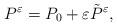
LaTeX: \begin{align*}P^{\varepsilon}=P_{0}+\varepsilon \tilde{P}^{\varepsilon},\end{align*}